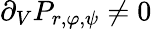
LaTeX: \partial_{V}P_{r,\varphi,\psi}\neq 0